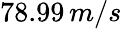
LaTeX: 78.99\, m/s